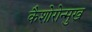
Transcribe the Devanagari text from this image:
कैशोरोन्मुख